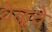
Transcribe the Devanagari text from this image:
वेळूचे